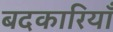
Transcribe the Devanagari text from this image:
बदकारियाँ